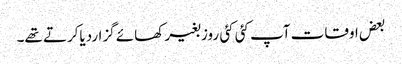
بعض اوقات آپ کئی کئی روز بغیر کھائے گزاردیاکرتے تھے۔